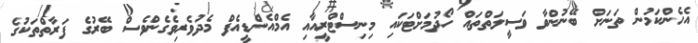
އެހެންކަމުން ތަނަށް ބޭނުންވާ ވަސީލަތްތައް ހޯދުމަށްޓަކައި މިނިސްޓްރީއާއި އެމްއެންޑީއެފް މެދުވެރިވެގެންވެސް ބޭރުގެ ފަރާތްތަކުގެ